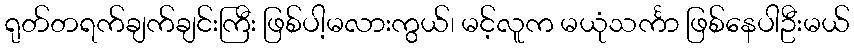
ရုတ်တရက်ချက်ချင်းကြီး ဖြစ်ပါ့မလားကွယ်၊ မင့်လူက မယုံသင်္ကာ ဖြစ်နေပါဦးမယ်